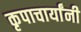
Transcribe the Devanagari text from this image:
कृपाचार्यांनी